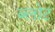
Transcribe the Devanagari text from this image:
ब्लोट